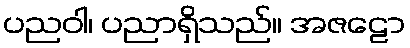
ပညဝါ၊ ပညာရှိသည်။ အဇဠော